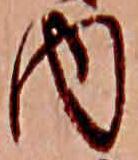
内